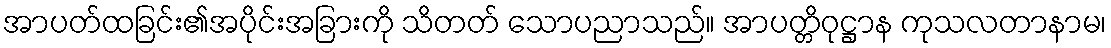
အာပတ်ထခြင်း၏အပိုင်းအခြားကို သိတတ် သောပညာသည်။ အာပတ္တိဝုဋ္ဌာန ကုသလတာနာမ၊